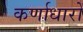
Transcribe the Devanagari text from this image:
कर्णाधारों